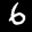
Label: 6